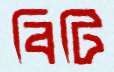
বিটি